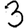
Digit: 3